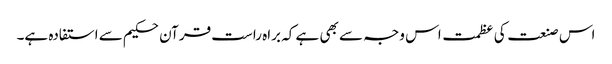
اس صنعت کی عظمت اس وجہ سے بھی ہے کہ براہ راست قرآن حکیم سے استفادہ ہے۔